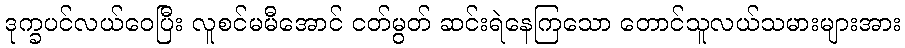
ဒုက္ခပင်လယ်ဝေပြီး လူစင်မမီအောင် ငတ်မွတ် ဆင်းရဲနေကြသော တောင်သူလယ်သမားများအား